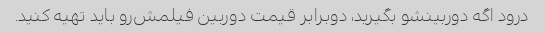
درود اگه دوربینشو بگیرید، دوبرابر قیمت دوربین فیلمش‌رو باید تهیه کنید.